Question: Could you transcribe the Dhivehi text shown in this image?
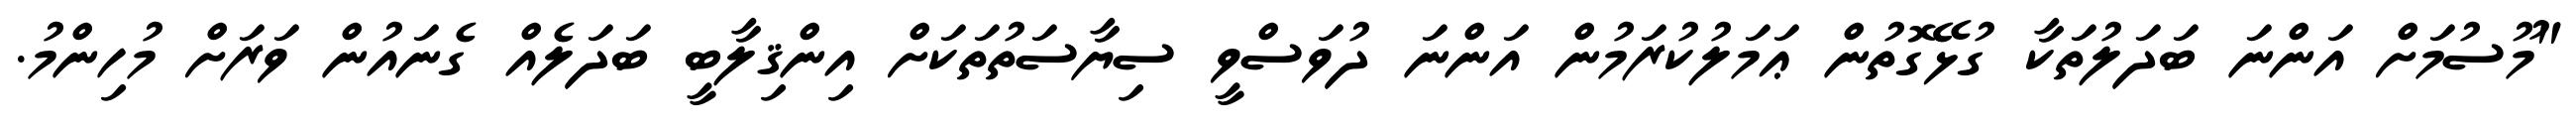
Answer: "މޫސުމަށް އަންނަ ބަދަލުތަކާ ގުޅޭގޮތުން ޢަމަލުކުރަމުން އަންނަ ދުވަސްވީ ސިޔާސަތުތަކަށް އިންޤިލާބީ ބަދަލެއް ގެނައުން ވަރަށް މުހިންމު.